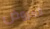
العروض